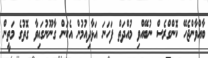
ބާއްވާންޖެހޭ ކޮންގްރެސް ނުބޭއްވި މުއްދަތް ފަހަނަ އަޅާދިއުމުން އެކަން ގާނޫނުގައިވާ ގޮތުގެ މަތީން